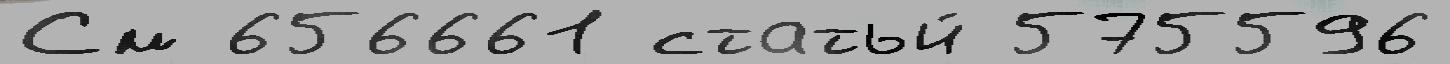
См 656661 статьи́ 575596